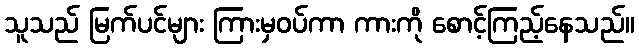
သူသည် မြက်ပင်များ ကြားမှဝပ်ကာ ကားကို စောင့်ကြည့်နေသည်။